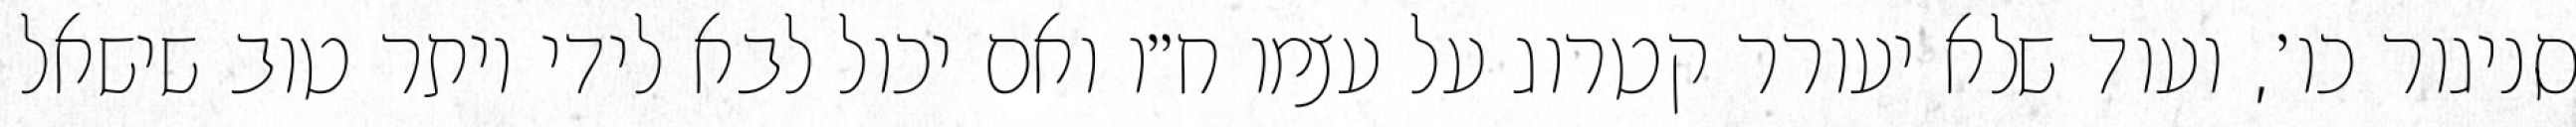
סניגור כו׳, ועוד שלא יעורר קטרוג על עצמו ח״ו ואם יכול לבא לידי יותר טוב שישאל